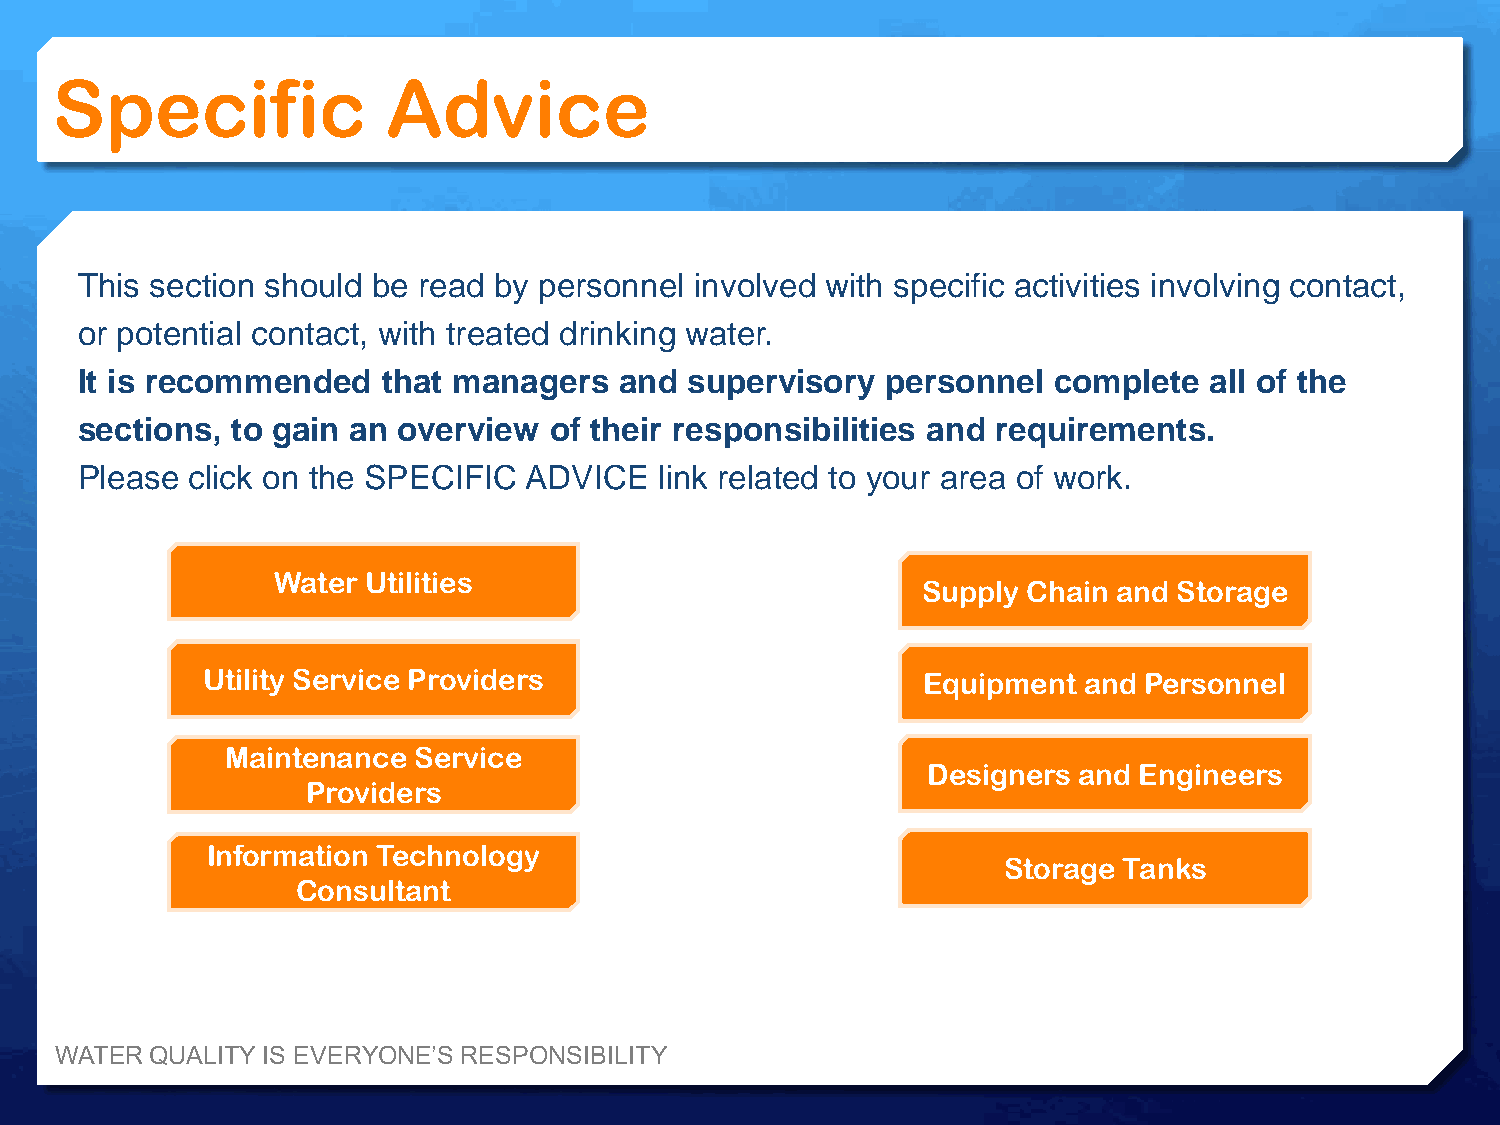
Specific               Advice
 This section should be read by personnel involved with specific activities involving contact,
 or potential contact, with treated drinking water.
 It is recommended   that managers   and  supervisory  personnel  complete  all of the
 sections, to gain an overview  of their responsibilities and requirements.
 Please click on the SPECIFIC  ADVICE   link related to your area of work.
 Water Utilities
 Supply Chain and Storage
 Utility Service Providers                       Equipment  and Personnel
 Maintenance Service
 Designers and Engineers
 Providers
 Information Technology
 Storage Tanks
 Consultant
 WATER QUALITY IS EVERYONE’S RESPONSIBILITY